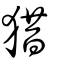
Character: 猎